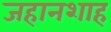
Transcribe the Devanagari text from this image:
जहानशाह